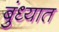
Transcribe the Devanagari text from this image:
बुंध्यात